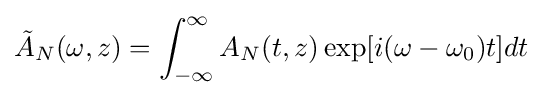
{\tilde {A}}_{N}(\omega ,z)=\int _{-\infty }^{\infty }A_{N}(t,z)\exp[i(\omega -\omega _{0})t]dt